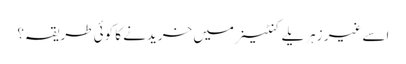
اسے غیر زہریلے کنٹینر میں خریدنے کا کوئی طریقہ؟